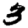
Digit: 3